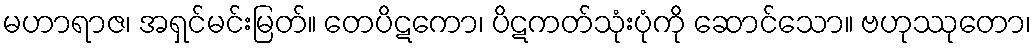
မဟာရာဇ၊ အရှင်မင်းမြတ်။ တေပိဋကော၊ ပိဋကတ်သုံးပုံကို ဆောင်သော။ ဗဟုဿုတော၊